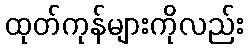
ထုတ်ကုန်များကိုလည်း